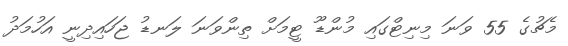
މެޗުގެ 55 ވަނަ މިނިޓްގައި މުންޑޫ ޓީމަށް ތިންވަނަ ލަނޑު ޖަހައިދިނީ އަހުމަދު